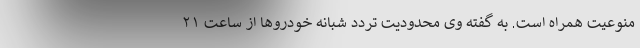
منوعیت همراه است. به گفته وی محدودیت تردد شبانه خودروها از ساعت ۲۱